Report of the Indian Hemp Drugs Commission, 1894-1895 - Volume V
Year: 1894
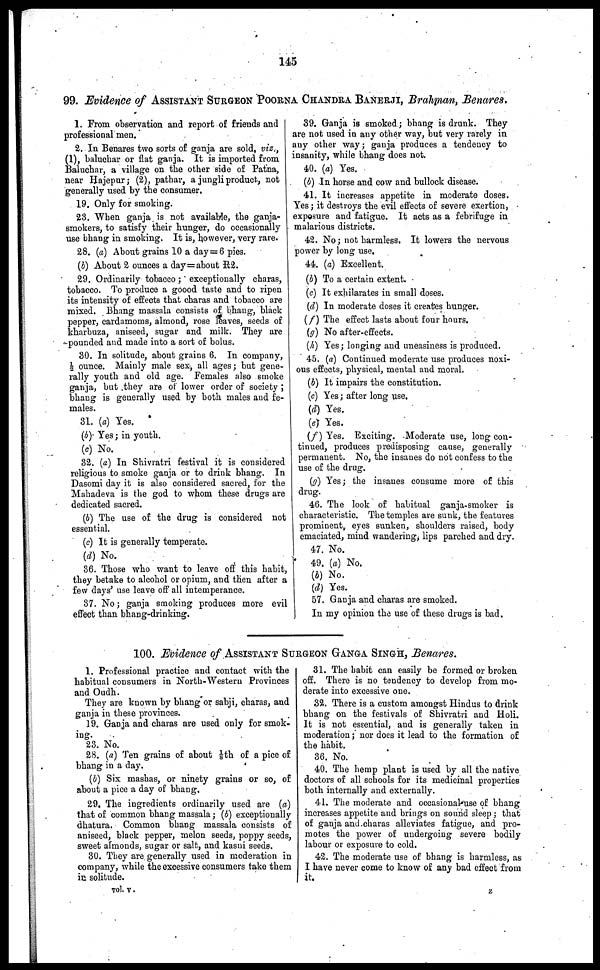
145
99. Evidence of ASSISTANT SURGEON POORNA CHANDRA BANERJI, Brahman, Benares.
1. From observation and report of friends and
professional men.
2. In Benares two sorts of ganja are sold, viz.,
(1), balucbar or flat ganja. It is imported from
Baluchar, a village on the other side of Patna,
near Hajepur; (2), pathar, a jungli product, not
generally used by the consumer.
19. Only for smoking.
23. When ganja is not available, the ganja-
smokers, to satisfy their hunger, do occasionally
use bhang in smoking. It is, however, very rare.
28. (a) About grains 10 a day = 6 pies.
(b) About 2 ounces a day = about R 2.
29. Ordinarily tobacco; exceptionally charas,
tobacco. To produce a goood taste and to ripen
its intensity of effects that charas and tobacco are
mixed. Bhang massala consists of bhang, black
pepper, cardamoms, almond, rose leaves, seeds of
kharbuza, aniseed, sugar and milk. They are
pounded and made into a sort of bolus.
30. In solitude, about grains 6. In company,
½ ounce. Mainly male sex, all ages; but gene-
rally youth and old age. Females also smoke
ganja, but they are of lower order of society;
bhang is generally used by both males and fe-
males.
31. (a) Yes.
(b) Yes; in youth.
(c) No.
32. (a) In Shivratri festival it is considered
religious to smoke ganja or to drink bhang. In
Dasomi day it is also considered sacred, for the
Mahadeva is the god to whom these drugs are
dedicated sacred.
(6) The use of the drug is considered not
essential.
(c) It is generally temperate.
(d) No.
36. Those who want to leave off this habit,
they betake to alcohol or opium, and then after a
few days' use leave off all intemperance.
37. No; ganja smoking produces more evil
effect than bhang-drinking.
39. Ganja is smoked; bhang is drunk. They
are not used in any other way, but very rarely in
any other way; ganja produces a tendency to
insanity, while bhang does not.
40. (a) Yes.
(b) In horse and cow and bullock disease.
41. It increases appetite in moderate doses.
Yes; it destroys the evil effects of severe exertion,
exposure and fatigue. It acts as a febrifuge in
malarious districts.
42. No; not harmless. It lowers the nervous
power by long use.
44. (a) Excellent.
(b) To a certain extent.
(c) It exhilarates in small doses.
(d) In moderate doses it creates hunger.
(f) The effect lasts about four hours.
(g) No after-effects.
(h) Yes; longing and uneasiness is produced.
45. (a) Continued moderate use produces noxi-
ous effects, physical, mental and moral.
(b) It impairs the constitution.
(c) Yes; after long use.
(d) Yes.
(e) Yes.
(f) Yes. Exciting. Moderate use, long con-
tinued, produces predisposing cause, generally
permanent. No, the insanes do not confess to the
use of the drug.
(g) Yes; the insanes consume more of this
drug.
46. The look of habitual ganja-smoker is
characteristic. The temples are sunk, the features
prominent, eyes sunken, shoulders raised, body
emaciated, mind wandering, lips parched and dry.
47. No.
49. (a) No.
(4) No.
(d) Yes.
57. Ganja and charas are smoked.
In my opinion the use of these drugs is bad.
100. Evidence of ASSISTANT SURGEON GANGA SINGH, Benares.
1. Professional practice and contact with the
habitual consumers in North-Western Provinces
and Oudh.
They are known by bhang or sabji, charas, and
ganja in these provinces.
19. Ganja and charas are used only for smok-
ing.
23. No.
28. (a) Ten grains of about 1/8th of a pice of
bhang in a day.
(b) Six mashas, or ninety grains or so, of
about a pice a day of bhang,
29. The ingredients ordinarily used are (a)
that of common bhang massala; (b) exceptionally
dhatura. Common bhang massala consists of
aniseed, black pepper, melon seeds, poppy seeds,
sweet almonds, sugar or salt, and kasni seeds.
30. They are generally used in moderation in
company, while the excessive consumers take them
in solitude.
31. The habit can easily be formed or broken
off. There is no tendency to develop from mo-
derate into excessive one.
32. There is a custom amongst Hindus to drink
bhang on the festivals of Shivratri and Holi.
It is not essential, and is generally taken in
moderation; nor does it lead to the formation of
the habit.
36. No.
40. The hemp plant is used by all the native
doctors of all schools for its medicinal properties
both internally and externally.
41. The moderate and occasional use of bhang
increases appetite and brings on sound sleep; that
of ganja and charas alleviates fatigue, and pro-
motes the power of undergoing severe bodily
labour or exposure to cold.
42. The moderate use of bhang is harmless, as
I have never come to know of any bad effect from
it.
vol. v.
z